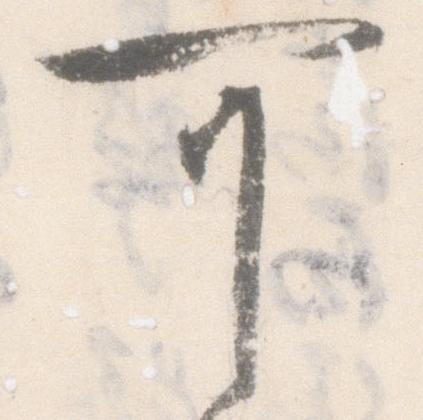
可